Report on the working of the Ranchi Indian Mental Hospital, Kanke, in Bihar and Orissa - 1930-1940
Year: 1930
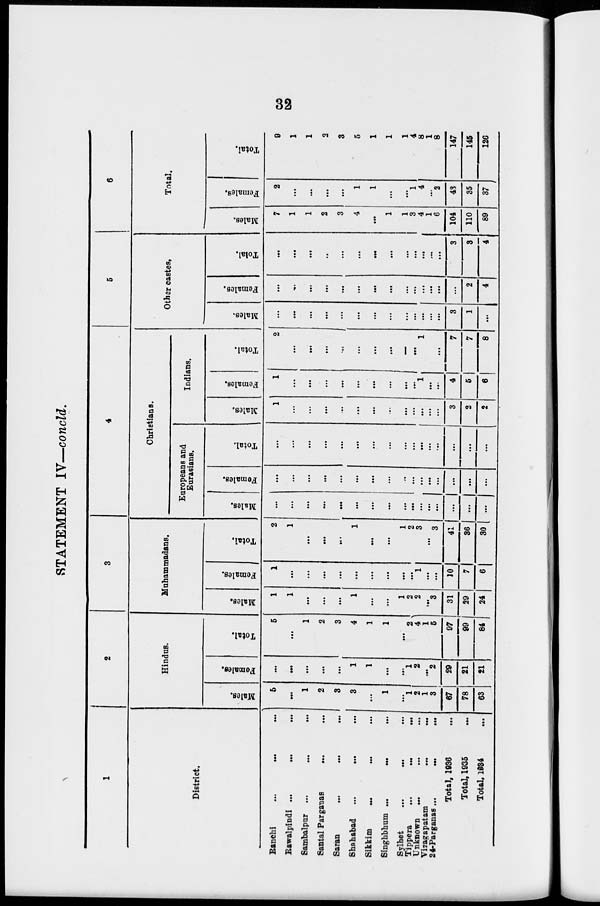
32
STATEMENT IV—concld.
1
District.
Ranchi ... ... ...
Rawalpindi ...
...
...
Sambalpur ...
...
...
Santal Parganas
...
...
Saran
...
...
...
Shahabad
...
...
...
Sikkim
...
...
...
Singhbhum
...
...
...
Sylhet ... ... ...
Tippera ... ... ...
Unknown
...
...
...
Vizagapatam ... ...
24-Parganas...
...
...
Total, 1936 ...
Total, 1935 ...
Total, 1934 ...
2
Hindus.
Males.
5
...
1
2
3
3
...
1
...
1
2
1
3
67
78
63
Females.
...
...
...
...
...
1
1
...
...
1
2
...
2
29
21
21
Total.
5
...
1
2
3
4
1
1
...
2
4
1
5
97
99
84
3
Muhammadans.
Males.
1
1
...
...
...
1
...
...
1
2
2
...
3
31
29
24
Females.
1
...
...
...
...
...
...
...
...
...
1
...
...
10
7
6
Total.
2
1
...
...
...
1
...
...
1
2
3
...
3
41
36
30
4
Christians.
Europeans and
Eurasians.
Males.
...
...
...
...
...
...
...
...
...
...
...
...
...
...
...
...
Females.
...
...
...
...
...
...
...
...
...
...
...
...
...
...
...
...
Total.
...
...
...
...
...
...
...
...
...
...
...
...
...
...
...
...
Indians.
Males.
1
...
...
...
...
...
...
...
...
...
...
...
...
3
2
2
Females.
1
...
...
...
...
...
...
...
...
...
1
...
...
4
5
6
Total.
2
...
...
...
...
...
...
...
...
...
1
...
...
7
7
8
5
Other castes.
Males.
...
...
...
...
...
...
...
...
...
...
...
...
...
3
1
...
Females.
...
...
...
...
...
...
...
...
...
...
...
...
...
...
2
4
Total.
...
...
...
...
...
...
...
...
...
...
...
...
...
3
3
4
6
Total.
Males.
7
1
1
2
3
4
...
1
1
3
4
1
6
104
110
89
Females.
2
...
...
...
...
1
1
...
...
1
4
...
2
43
35
37
Total.
9
1
1
2
3
5
1
1
1
4
8
1
8
147
145
126